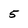
Character: 5